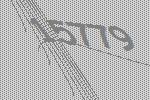
15779